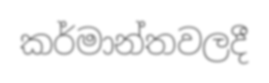
කර්මාන්තවලදී